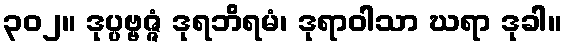
၃၀၂။ ဒုပ္ပဗ္ဗဇ္ဇံ ဒုရဘိရမံ၊ ဒုရာဝါသာ ဃရာ ဒုခါ။